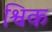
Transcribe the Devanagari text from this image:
श्विक